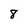
Character: 8